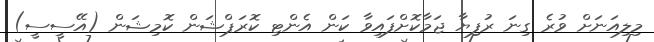
މިލިއަނަށް ވުރެ ގިނަ ރުފިޔާ ޖަމާކޮށްފައިވާ ކަން އެންޓި ކޮރަޕްޝަން ކޮމިޝަން (އޭސީސީ)